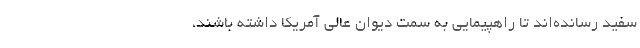
سفید رسانده‌اند تا راهپیمایی به سمت دیوان عالی آمریکا داشته باشند،